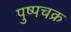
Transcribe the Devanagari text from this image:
पुष्पचक्र